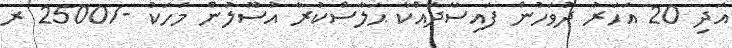
އަދި 20 އަހަރު ދުވަހުން ފައިސާދައްކާ ޙަލާސްކުރާ އުސޫލުން މަހަކު -/2500 ރ